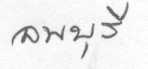
ลพบุรี